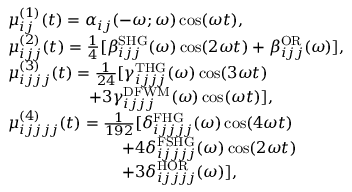
\begin{array} { r l } & { \mu _ { i j } ^ { ( 1 ) } ( t ) = \alpha _ { i j } ( - \omega ; \omega ) \cos ( \omega t ) , } \\ & { \mu _ { i j j } ^ { ( 2 ) } ( t ) = \frac { 1 } { 4 } [ \beta _ { i j j } ^ { \mathrm { S H G } } ( \omega ) \cos ( 2 \omega t ) + \beta _ { i j j } ^ { \mathrm { O R } } ( \omega ) ] , } \\ & { \mu _ { i j j j } ^ { ( 3 ) } ( t ) = \frac { 1 } { 2 4 } [ \gamma _ { i j j j } ^ { \mathrm { T H G } } ( \omega ) \cos ( 3 \omega t ) } \\ & { \qquad \qquad \quad + 3 \gamma _ { i j j j } ^ { \mathrm { D F W M } } ( \omega ) \cos ( \omega t ) ] , } \\ & { \mu _ { i j j j j } ^ { ( 4 ) } ( t ) = \frac { 1 } { 1 9 2 } [ \delta _ { i j j j j } ^ { \mathrm { F H G } } ( \omega ) \cos ( 4 \omega t ) } \\ & { \qquad \qquad \qquad \quad + 4 \delta _ { i j j j j } ^ { \mathrm { F S H G } } ( \omega ) \cos ( 2 \omega t ) } \\ & { \qquad \qquad \qquad \quad + 3 \delta _ { i j j j j } ^ { \mathrm { H O R } } ( \omega ) ] , } \end{array}